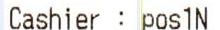
CASHIER : POS1N